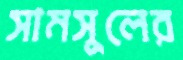
সামসুলের